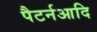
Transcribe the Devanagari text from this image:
पैटर्नआदि